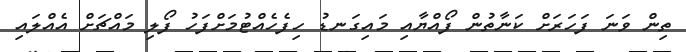
ތިން ވަނަ ފަހަރަށް ކަނާތުން ފޯއްޔާއި މައިގަނޑު ހިފެހެއްޓުމަށްފަހު ފޯލި މައްޗަށް އެއްލައި